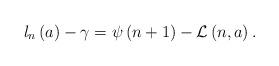
LaTeX: \begin{align*}l_{n}\left( a\right) -\gamma =\psi \left( n+1\right) -\mathcal{L}\left(n,a\right) . \end{align*}